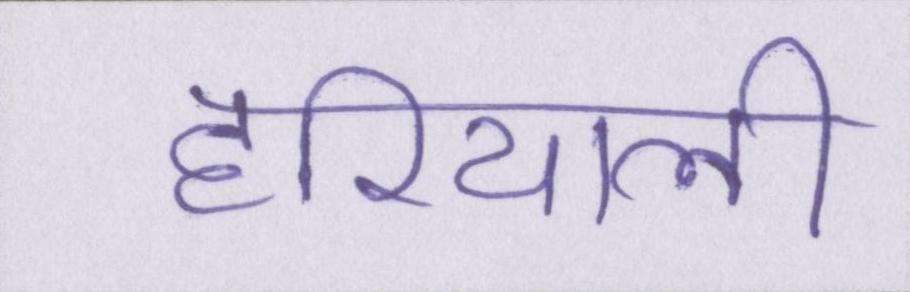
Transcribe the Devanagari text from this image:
हरियाली